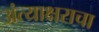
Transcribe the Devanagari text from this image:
अंत्याक्षराचा